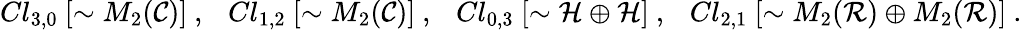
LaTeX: Cl_{3,0}~[\sim M_{2}({\cal C})]~,~~~Cl_{1,2}~[\sim M_{2}({\cal C})]~,~~~Cl_{0,3}~[\sim{\cal H}\oplus{\cal H}]~,~~~Cl_{2,1}~[\sim M_{2}({\cal R})\oplus M_{2}({\cal R})]~.